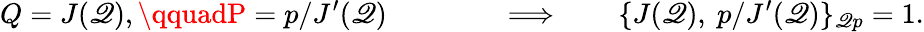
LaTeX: Q=J(\mathscr{Q}),\qquadP=p/J^{\prime}(\mathscr{Q})\qquad\qquad\Longrightarrow\qquad\{ J(\mathscr{Q}),~p/J^{\prime}(\mathscr{Q})\} _{\mathscr{Q}p}=1.